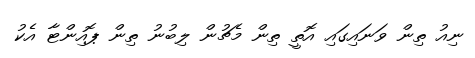
ނިއު ތިން ވަނައިގައި އޮތީ ތިން މެޗުން ލިބުނު ތިން ޕޮއިންޓާ އެކު